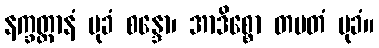
နက္ခတ္တာနံ မုခံ စန္ဒော၊ အာဒိစ္စော တပတံ မုခံ။